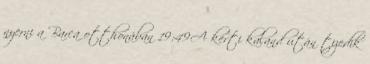
nyerni a Barca otthonában 19:49A kerti kaland után tizedik